King Institute of Preventive Medicine Bacteriolog. Section reports 1907-08
Year: 1907
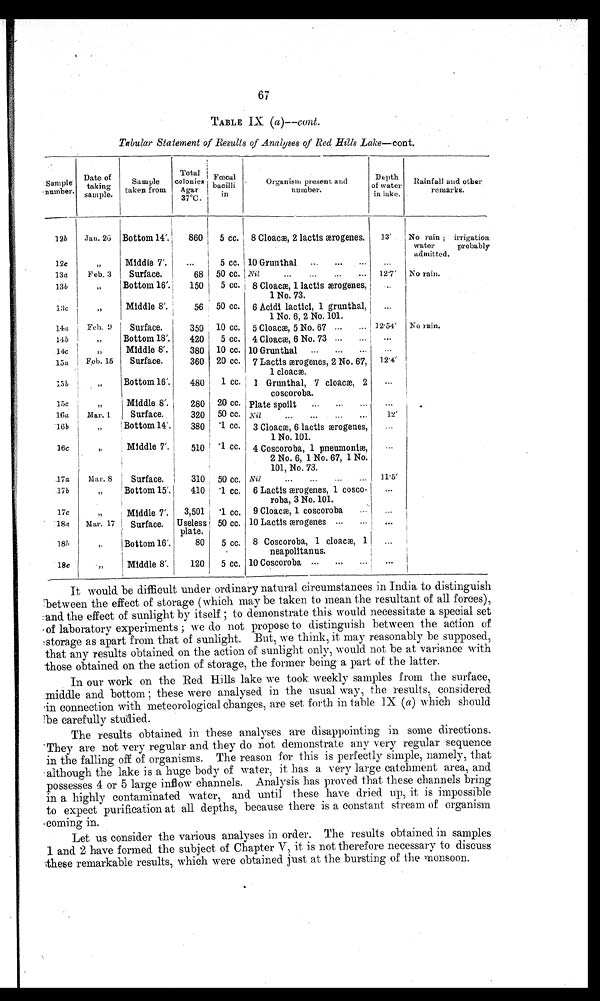
67
TABLE IX (a)--cont.
Tabular Statement of Results of Analyses of Red Bills Lake—cont.
Sample
'number.
Date of
taking g
sample.
Sample
taken from
Total
F e c a l
colonies bacilli
Agar
37°C.
in
Organism present and
number.
Depth
o f water ter
in lake.
Rainfall and other
remarks.
12b
Jan. 26 Bottom 14'.
860
5 cc. 8 Cloacm, 2 lactis
æ r o g e n e s
13' l No rain ; irrigation
water
probably
admitted.
12c
13a
, ,
Feb. 3
Middle 7'.
Surface.
...
68
5 cc.
50 cc.
10 Grunthal
8..
Nil
...
...
...
...
. . .
12.7' No rain.
13b
, ,
Bottom 16'.
150
5 cc. 8 Cloacm, 1 lactis æærogenes,
1 No. 73.
...
1 3 c
14a
, ,
Feb. b
Middle 8'.
Surface.
56 50 cc.
350 10 cc.
6 Acidi lactici, 1 grunthal,
...
1 No. 6, 2 No. 101.
5 Cloac, 5 No. 67 ...
... 12 . 54' No rain.
1 4 b
, ,
Bottom 18'.
420
5 cc. 4 Cloacm, 6 No. 73 ...
...
1 4 c
15a
, ,
Feb. 15
Middle 8'.
Surface.
380
360
10 cc.
20 cc.
10 Grunthal
...
. . .
7 Lactis æmrogenes, 2 No. 67,
1 cloacw.
. . .
12.4'
15b
Bottom 16'.
480 i 1 cc.
I Grunthal, 7 cloacm, 2
coscoroba.
•..
15c
,,
16a
Mar. 1.
Middle 8'
Surface.
280 20 cc.
320 50 cc.
Plate spoilt
...
Nil..
...
12'
16b
,,
Bottom 14'.
380
3 Cloaca, 6 lactis æmrogenes,
1 No. 101.
16c
„
j Middle 7'.
510
'1 cc. 4 Coscoroba, 1 pneumonim,
2 No. 6, 1 No. 67, 1 No.
101, No. 73.
.17a
Mar. 8
Surface.
310 50 cc. Nil
...
...
...
...
11.5'
17b
Bottom 15'.
410
'1 cc. 6 Lactis æerogenes, 1 cosco-
roba, 3 No. 101.
...
17c
1 8a
,,
Middle 7'.
Mar. 17 I Surface.
3,501 i '1 cc.
Useless 50 cc.
9 Cloacae, 1 coscoroba
10 Lactis æærogenes ...
...
...
...
plate.
181)
,.
Bottom 16'.
1
80
5 cc. 8 Coscoroba, 1 cloacae, 1
...
neapolitanus.
18c
•„
Middle 8'.
120
5 cc. 10 Coscoroba
...
...
It would be difficult under ordinary natural. circumstances in India to distinguish
between the effect of storage (which may be taken to mean the resultant of all forces),
:and the effect of sunlight by itself ; to demonstrate this would necessitate a special set
.of laboratory experiments ; we do not propose to distinguish between the action of
storage as apart from that of sunlight. But, we think, it may reasonably be supposed,
that any results obtained on the action of sunlight only, would not be at variance with
those obtained on the action of storage, the former being a part of the latter.
In our work on the Red Hills lake we took weekly samples from the surface,
.middle and bottom ; these were analysed in the usual way, the results, considered.
in connection with meteorological. changes, are set forth in table IX (a) which should
be carefully studied.
The results obtained in these analyses are disappointing in some directions.
'They are not -very regular and they do not demonstrate any very regular sequence
in the falling off of organisms. The reason for this is perfectly simple, namely, that
although the lake is a huge body of water, it has a very large catchment area, and
possesses 4 or 5 large inflow channels. Analysis has proved that these channels bring
in a highly contaminated water, and until these have dried up, it is impossible
to expect purification at all depths, because there is a constant stream of organism
coming in.
Let us consider the various analyses in order. The results obtained in samples
1 and 2 have formed the subject of Chapter V, it is not therefore necessary to discuss
these remarkable results, which were obtained just at the bursting of the monsoon.